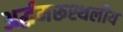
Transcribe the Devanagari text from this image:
अर्द्धमरूस्थलीय